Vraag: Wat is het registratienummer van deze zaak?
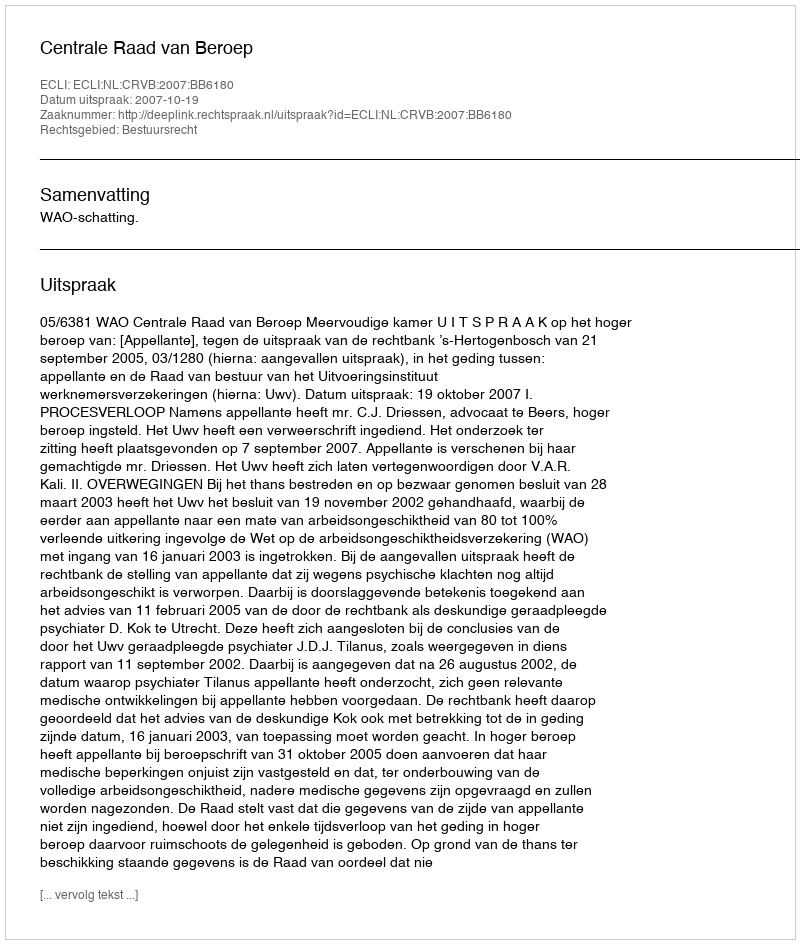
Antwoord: http://deeplink.rechtspraak.nl/uitspraak?id=ECLI:NL:CRVB:2007:BB6180